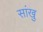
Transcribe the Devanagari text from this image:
सांखु